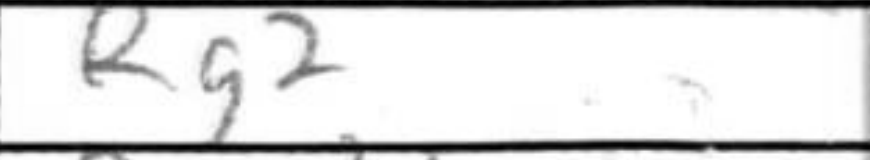
Transcription: Rg2